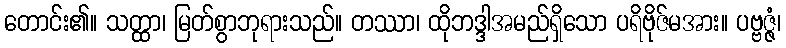
တောင်း၏။ သတ္ထာ၊ မြတ်စွာဘုရားသည်။ တဿာ၊ ထိုဘဒ္ဒါအမည်ရှိသော ပရိဗိုဇ်မအား။ ပဗ္ဗဇ္ဇံ၊